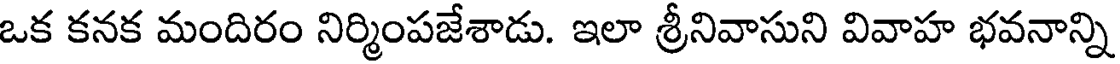
ఒక కనక మందిరం నిర్మింపజేశాడు. ఇలా శ్రీనివాసుని వివాహ భవనాన్ని